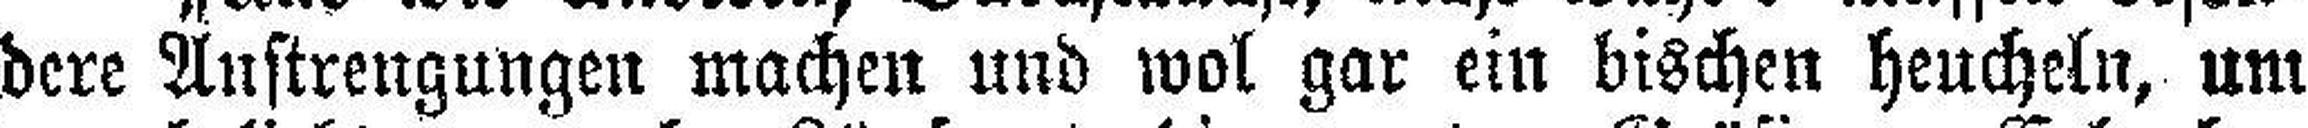
dere Anstrengungen machen und wol gar ein bischen heucheln, um